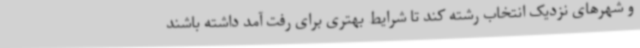
و شهرهای نزدیک انتخاب رشته کند تا شرایط بهتری برای رفت آمد داشته باشند